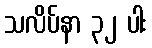
သလိပ်နာ ၃၂ ပါး